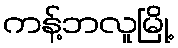
ကန့်ဘလူမြို့